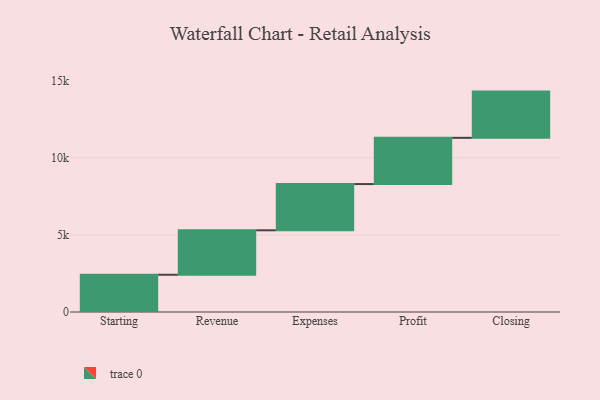
{"axis": {"x": "Step", "y": "Value"}, "legend": [""], "data": [{"x": "Starting", "y": 2417.0, "type": ""}, {"x": "Revenue", "y": 2884.0, "type": ""}, {"x": "Expenses", "y": 3000, "type": ""}, {"x": "Profit", "y": 3000, "type": ""}, {"x": "Closing", "y": 3000, "type": ""}]}